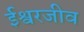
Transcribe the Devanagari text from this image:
ईश्वरजीव